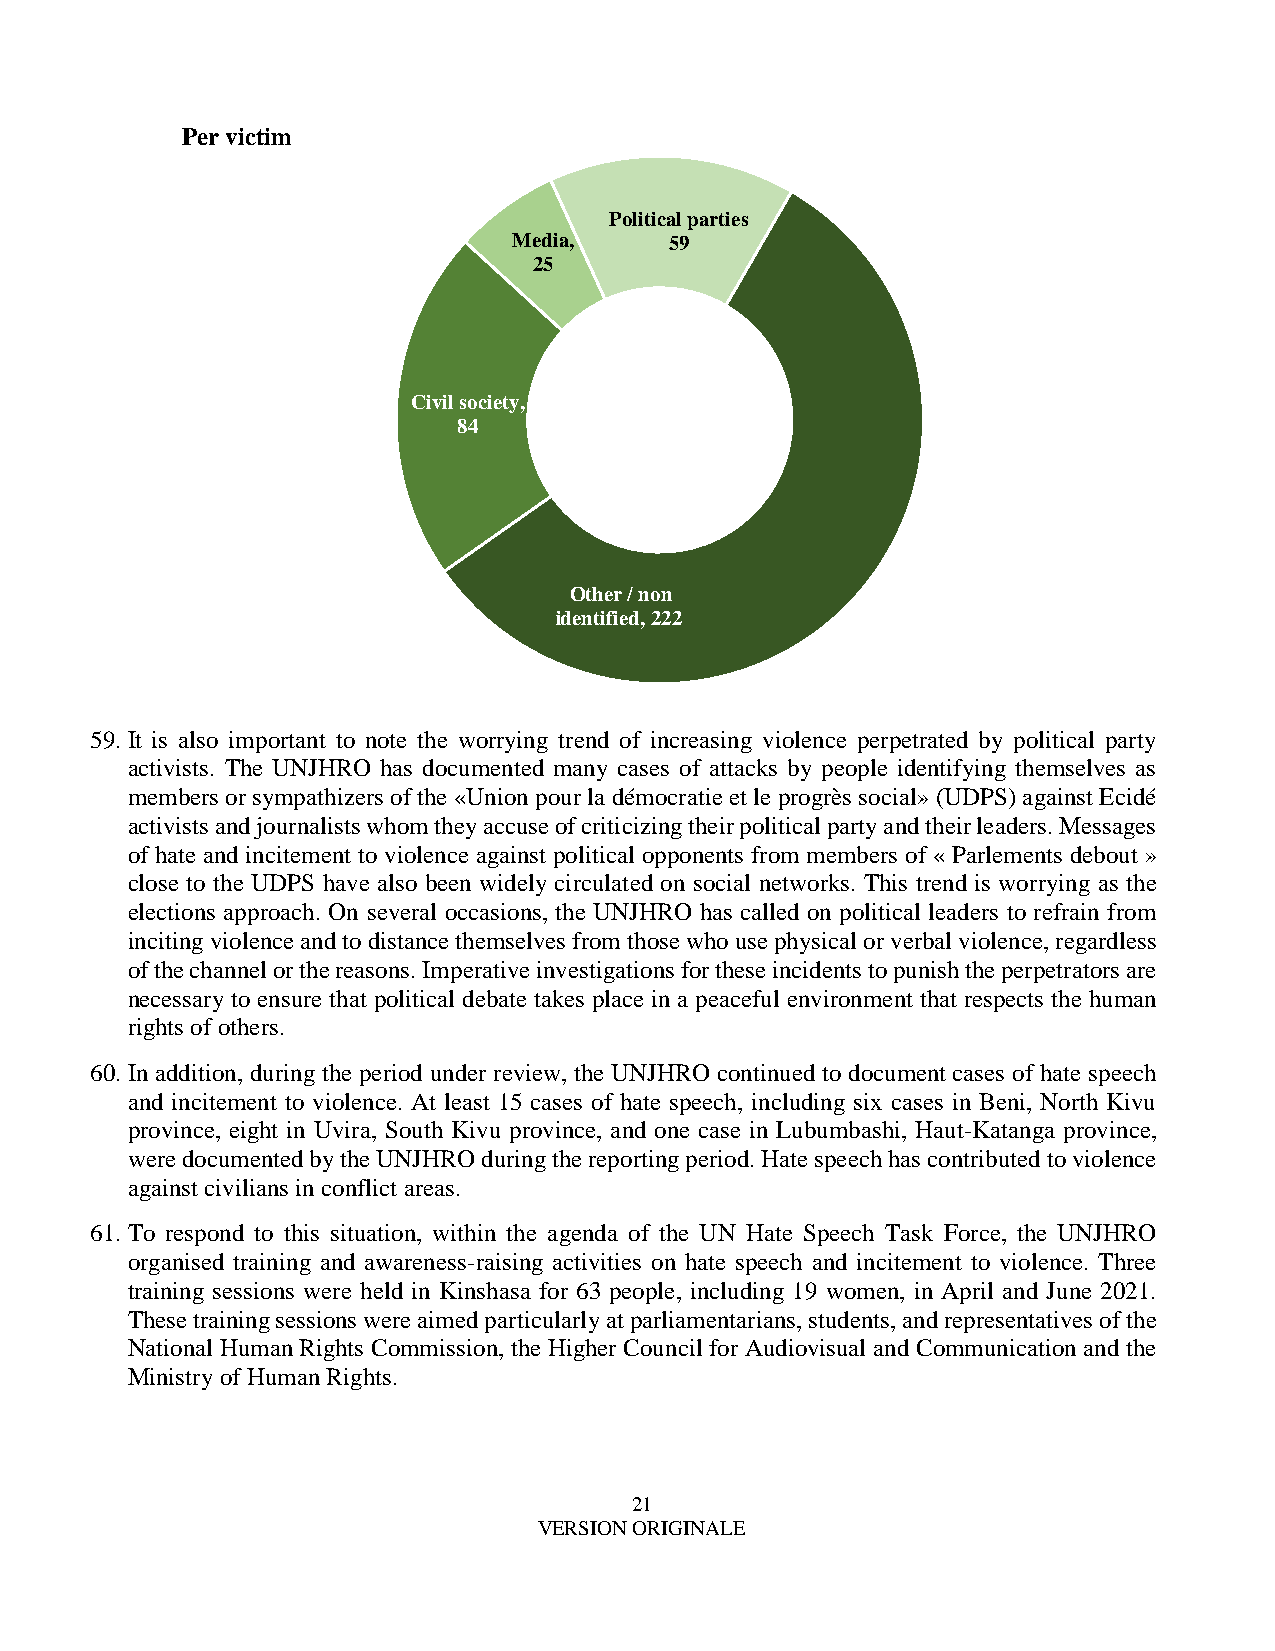
Per victim
 Political parties
 Media,    59
 25
 Civil society,
 84
 Other / non
 identified, 222
 59. It is also important to note the worrying trend of increasing violence perpetrated by political party
 activists. The UNJHRO has documented many cases of attacks by people identifying themselves as
 members or sympathizers of the «Union pour la démocratie et le progrès social» (UDPS) against Ecidé
 activists and journalists whom they accuse of criticizing their political party and their leaders. Messages
 of hate and incitement to violence against political opponents from members of « Parlements debout »
 close to the UDPS have also been widely circulated on social networks. This trend is worrying as the
 elections approach. On several occasions, the UNJHRO has called on political leaders to refrain from
 inciting violence and to distance themselves from those who use physical or verbal violence, regardless
 of the channel or the reasons. Imperative investigations for these incidents to punish the perpetrators are
 necessary to ensure that political debate takes place in a peaceful environment that respects the human
 rights of others.
 60. In addition, during the period under review, the UNJHRO continued to document cases of hate speech
 and incitement to violence. At least 15 cases of hate speech, including six cases in Beni, North Kivu
 province, eight in Uvira, South Kivu province, and one case in Lubumbashi, Haut-Katanga province,
 were documented by the UNJHRO during the reporting period. Hate speech has contributed to violence
 against civilians in conflict areas.
 61. To respond to this situation, within the agenda of the UN Hate Speech Task Force, the UNJHRO
 organised training and awareness-raising activities on hate speech and incitement to violence. Three
 training sessions were held in Kinshasa for 63 people, including 19 women, in April and June 2021.
 These training sessions were aimed particularly at parliamentarians, students, and representatives of the
 National Human Rights Commission, the Higher Council for Audiovisual and Communication and the
 Ministry of Human Rights.
 21
 VERSION ORIGINALE